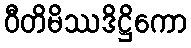
ဝီတိမိဿဒိဋ္ဌိကော